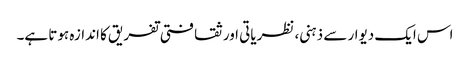
اس ایک دیوار سے ذہنی، نظریاتی اور ثقافتی تفریق کا اندازہ ہوتا ہے۔